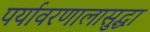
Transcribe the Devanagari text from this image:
पर्यावरणालासुद्धा